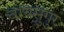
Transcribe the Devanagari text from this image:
वायसुंगुर